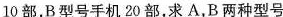
0部，B型号手机20部，求A，B两种型号